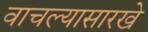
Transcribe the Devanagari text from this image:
वाचल्यासारखे